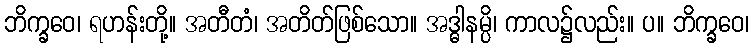
ဘိက္ခဝေ၊ ရဟန်းတို့။ အတီတံ၊ အတိတ်ဖြစ်သော။ အဒ္ဓါနမ္ပိ၊ ကာလ၌လည်း။ ပ။ ဘိက္ခဝေ၊